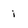
Character: i